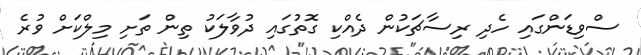
ސްވިޑަންގައި ހެދި ރިސާޗަކުން ދެއްކި ގޮތުގައި ދުވާލަކު ތިން ތަށި މިލްކަށް ވުރެ